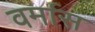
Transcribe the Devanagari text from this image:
वर्मास